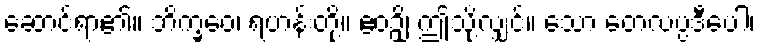
ဆောင်ရာ၏။ ဘိက္ခဝေ၊ ရဟန်းတို့။ ဧဝဉှိ၊ ဤသို့လျှင်။ သော တေလပ္ပဒီပေါ၊